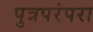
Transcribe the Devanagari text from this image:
पुत्रपरंपरा